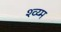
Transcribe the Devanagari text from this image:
श्व्य्म